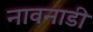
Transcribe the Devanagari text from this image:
नावनाडी